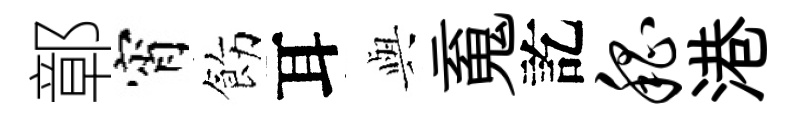
鄣宵飭耳𫤰䰟訖嵇港